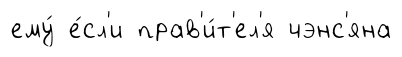
ему́ е́сл'и прав'и́т'ел'я чэнс'яна